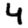
Digit: 4